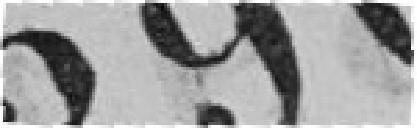
390